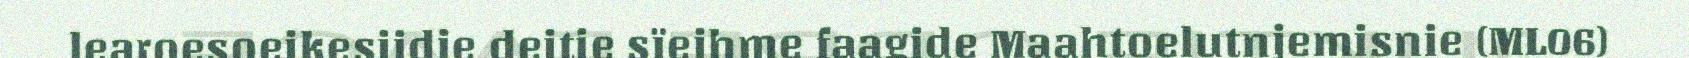
learoesoejkesjidie dejtie sïejhme faagide Maahtoelutnjemisnie (ML06)